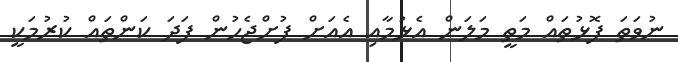
ނުވަތަ ފޮޅުތައް މަތީ މަލަން އެޅުމާއި އެއަށް ފުށްޖެހުން ފަދަ ކަންތައް ކުރުމަކީ